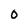
Character: o